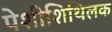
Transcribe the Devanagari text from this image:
पेशीशिथिलक